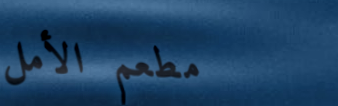
مطعم الأمل